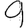
Digit: 9